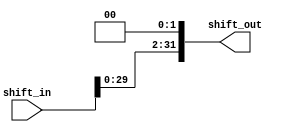
module shift_left_twice
#(parameter  width = 32)
(
    input    wire   [width-1:0]shift_in,
    output   wire   [width-1:0]shift_out
);
 
assign shift_out = shift_in<<2;

endmodule